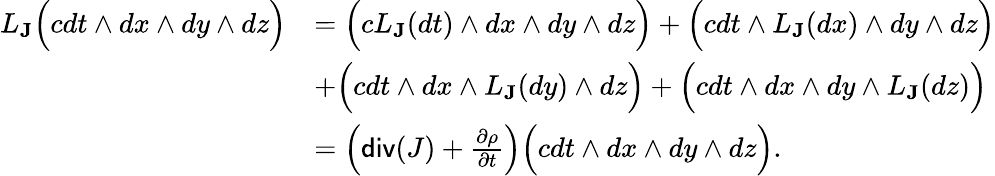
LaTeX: \begin{array}{rl}{L_{{\mathbf J}}\Big(cdt\wedge dx\wedge dy\wedge dz\Big)}&{=\Big(cL_{{\mathbf J}}(dt)\wedge dx\wedge dy\wedge dz\Big)+\Big(cdt\wedge L_{{\mathbf J}}(dx)\wedge dy\wedge dz\Big)}\\ &{+\Big(cdt\wedge dx\wedge L_{\mathbf J}(dy)\wedge dz\Big)+\Big(cdt\wedge dx\wedge dy\wedge L_{\mathbf J}(dz)\Big)}\\ &{=\Big(\mathsf{div}(J)+\frac{\partial\rho}{\partial t}\Big)\Big(cdt\wedge dx\wedge dy\wedge dz\Big).}\end{array}